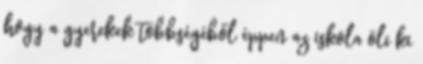
hogy a gyerekek többségéből éppen az iskola öli ki